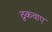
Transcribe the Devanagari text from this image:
ठुकवाए